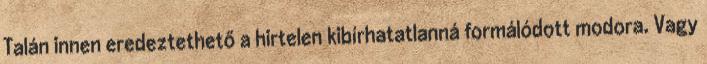
Talán innen eredeztethető a hirtelen kibírhatatlanná formálódott modora. Vagy